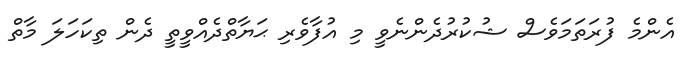
އެންމެ ފުރަތަމަވެސް ޝުކުރުދެންނެވީ މި އުފާވެރި ޙަޔާތްދެއްވީތީ ދެން ތިކަހަލަ މާތް